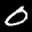
Label: 0